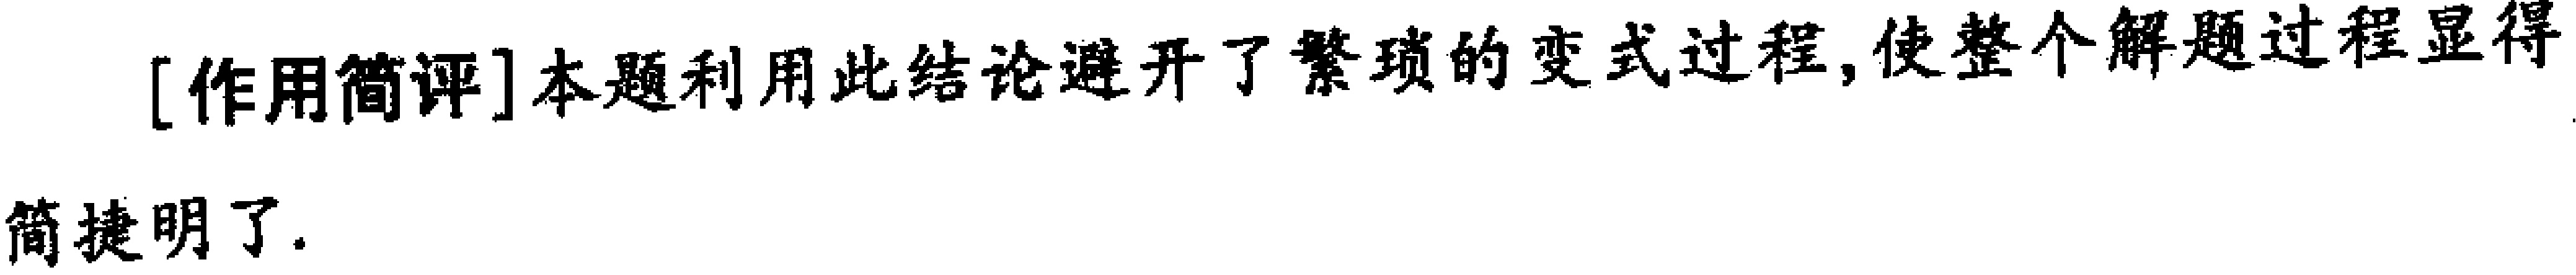
[作用简评]本题利用此结论避开了繁琐的变式过程, 使整个解题过程显得简捷明了.